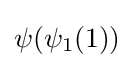
\psi (\psi _{1}(1))